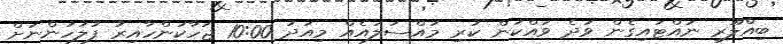
ބިއްލޫރި ނައްޓައިގެން ވަދެ ވައްކަން ކުރި މައްސަލައެއް މިއަދު 10:00 ޖަހާކަންހާއިރު ފުލުހުންނަށް